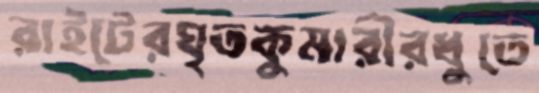
রাইটেরঘৃতকুমারীরধুতে